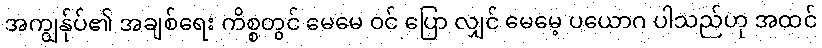
အကျွန်ုပ်၏ အချစ်ရေး ကိစ္စတွင် မေမေ ဝင် ပြော လျှင် မေမေ့ ပယောဂ ပါသည်ဟု အထင်